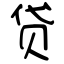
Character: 贷